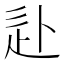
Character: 𰺮